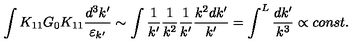
\int K _ { 1 1 } G _ { 0 } K _ { 1 1 } \frac { d ^ { 3 } k ^ { \prime } } { \varepsilon _ { k ^ { \prime } } } \sim \int \frac { 1 } { k ^ { \prime } } \frac { 1 } { k ^ { 2 } } \frac { 1 } { k ^ { \prime } } \frac { k ^ { 2 } d k ^ { \prime } } { k ^ { \prime } } = \int ^ { L } \frac { d k ^ { \prime } } { k ^ { 3 } } \propto c o n s t .